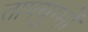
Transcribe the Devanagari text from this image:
तापयुग्मों